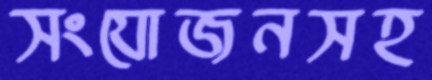
সংযোজনসহ